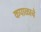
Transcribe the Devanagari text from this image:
कपाळाचे